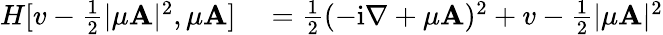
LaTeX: \begin{array}{rl}{H[v-\frac 12|\mu\mathbf{A}|^{2},\mu\mathbf{A}]}&{{}=\frac 12(-\mathrm{i}\nabla+\mu\mathbf{A})^{2}+v-\frac 12|\mu\mathbf{A}|^{2}}\end{array}